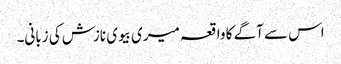
اس سے آگے کا واقعہ میری بیوی نازش کی زبانی۔